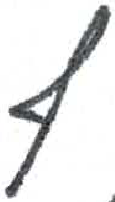
אות: ף